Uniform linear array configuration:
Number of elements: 32
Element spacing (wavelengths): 0.5
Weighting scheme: hann
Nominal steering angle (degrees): -45
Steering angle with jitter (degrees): -46.147
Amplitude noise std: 0.05
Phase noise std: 0.05

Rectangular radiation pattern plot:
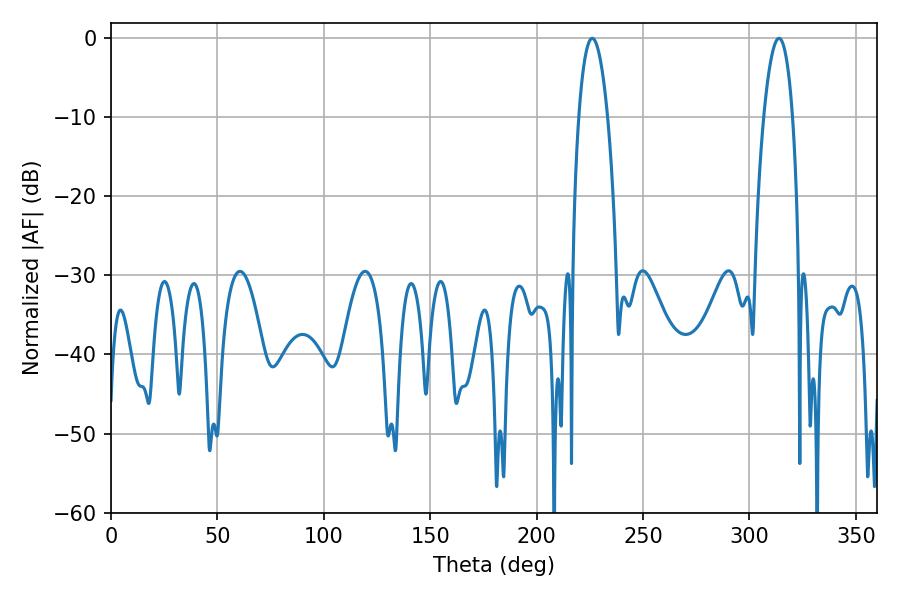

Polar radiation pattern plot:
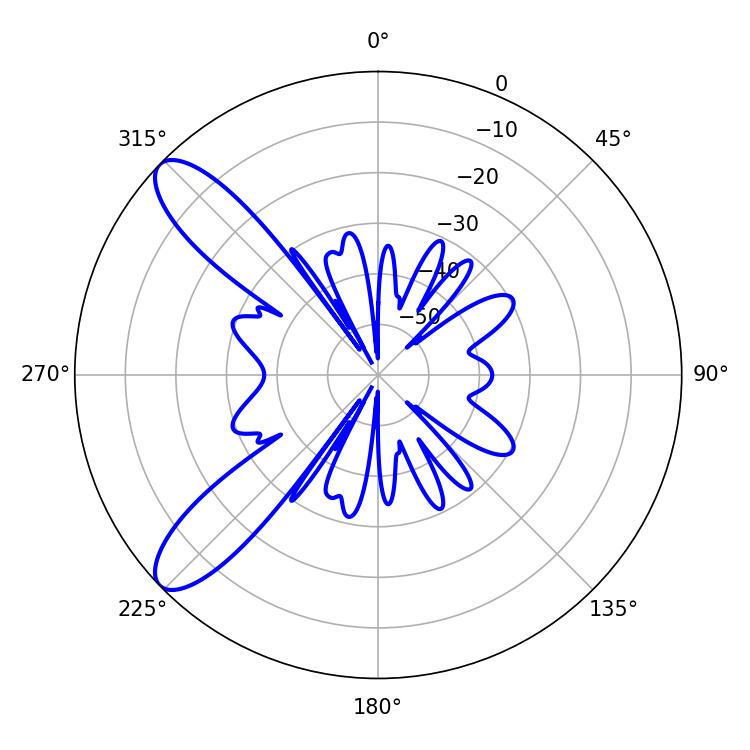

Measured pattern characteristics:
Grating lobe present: FALSE
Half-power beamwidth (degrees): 7.56
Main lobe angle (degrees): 226.08